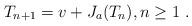
LaTeX: \begin{align*}T_{n+1}=v+J_a(T_n),n\geq 1\ .\end{align*}